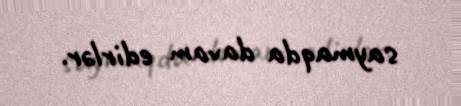
saymaqda davam edirlər.